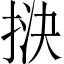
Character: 𢭯